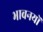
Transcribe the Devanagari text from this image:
भावनयों